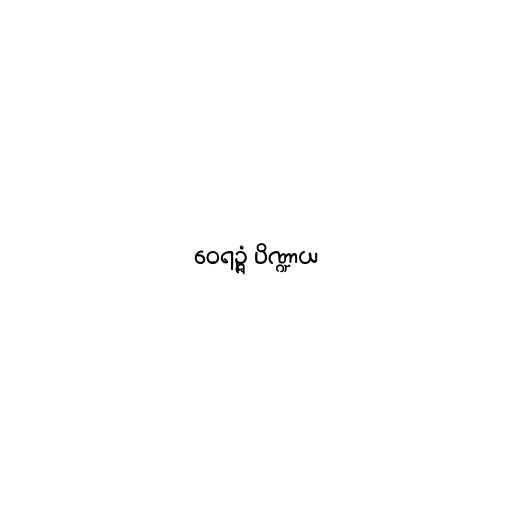
ဝေရဉ္ဇံ ပိဏ္ဍာယ